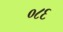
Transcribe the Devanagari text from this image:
०८६